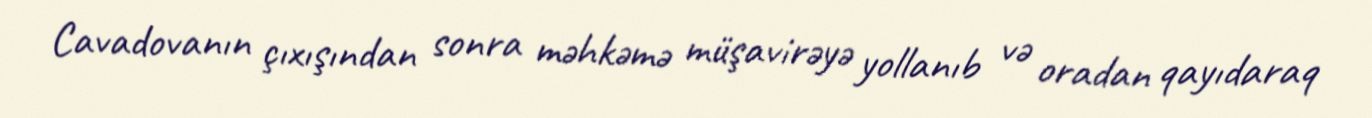
Cavadovanın çıxışından sonra məhkəmə müşavirəyə yollanıb və oradan qayıdaraq